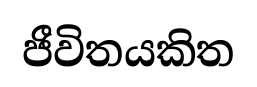
ජීවිතයකිත